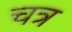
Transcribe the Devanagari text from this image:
चत्र